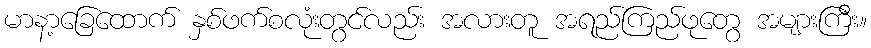
မာနာ့ခြေထောက် နှစ်ဖက်စလုံးတွင်လည်း အလားတူ အရည်ကြည်ဖုတွေ အများကြီး။